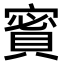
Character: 𧶡